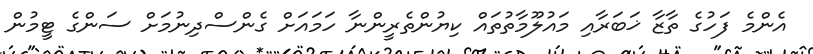
އެންމެ ފަހުގެ ތާޒާ ޚަބަރާއި މައުލޫމާތުތައް ކިޔުންތެރީންނާ ހަމައަށް ގެންސްދިނުމަށް ސަންގެ ޓީމުން